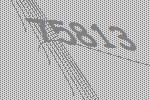
75813